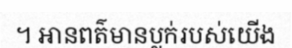
។ អានពត៌មានប្លក់របស់យើង